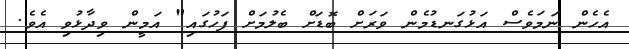
އެހެން ނަމަވެސް އަޅުގަނޑުމެން ވަރަށް ބޮޑަށް ބެލުމަށް ފަހުގައި" އަމީން ވިދާޅުވި އެވެ.